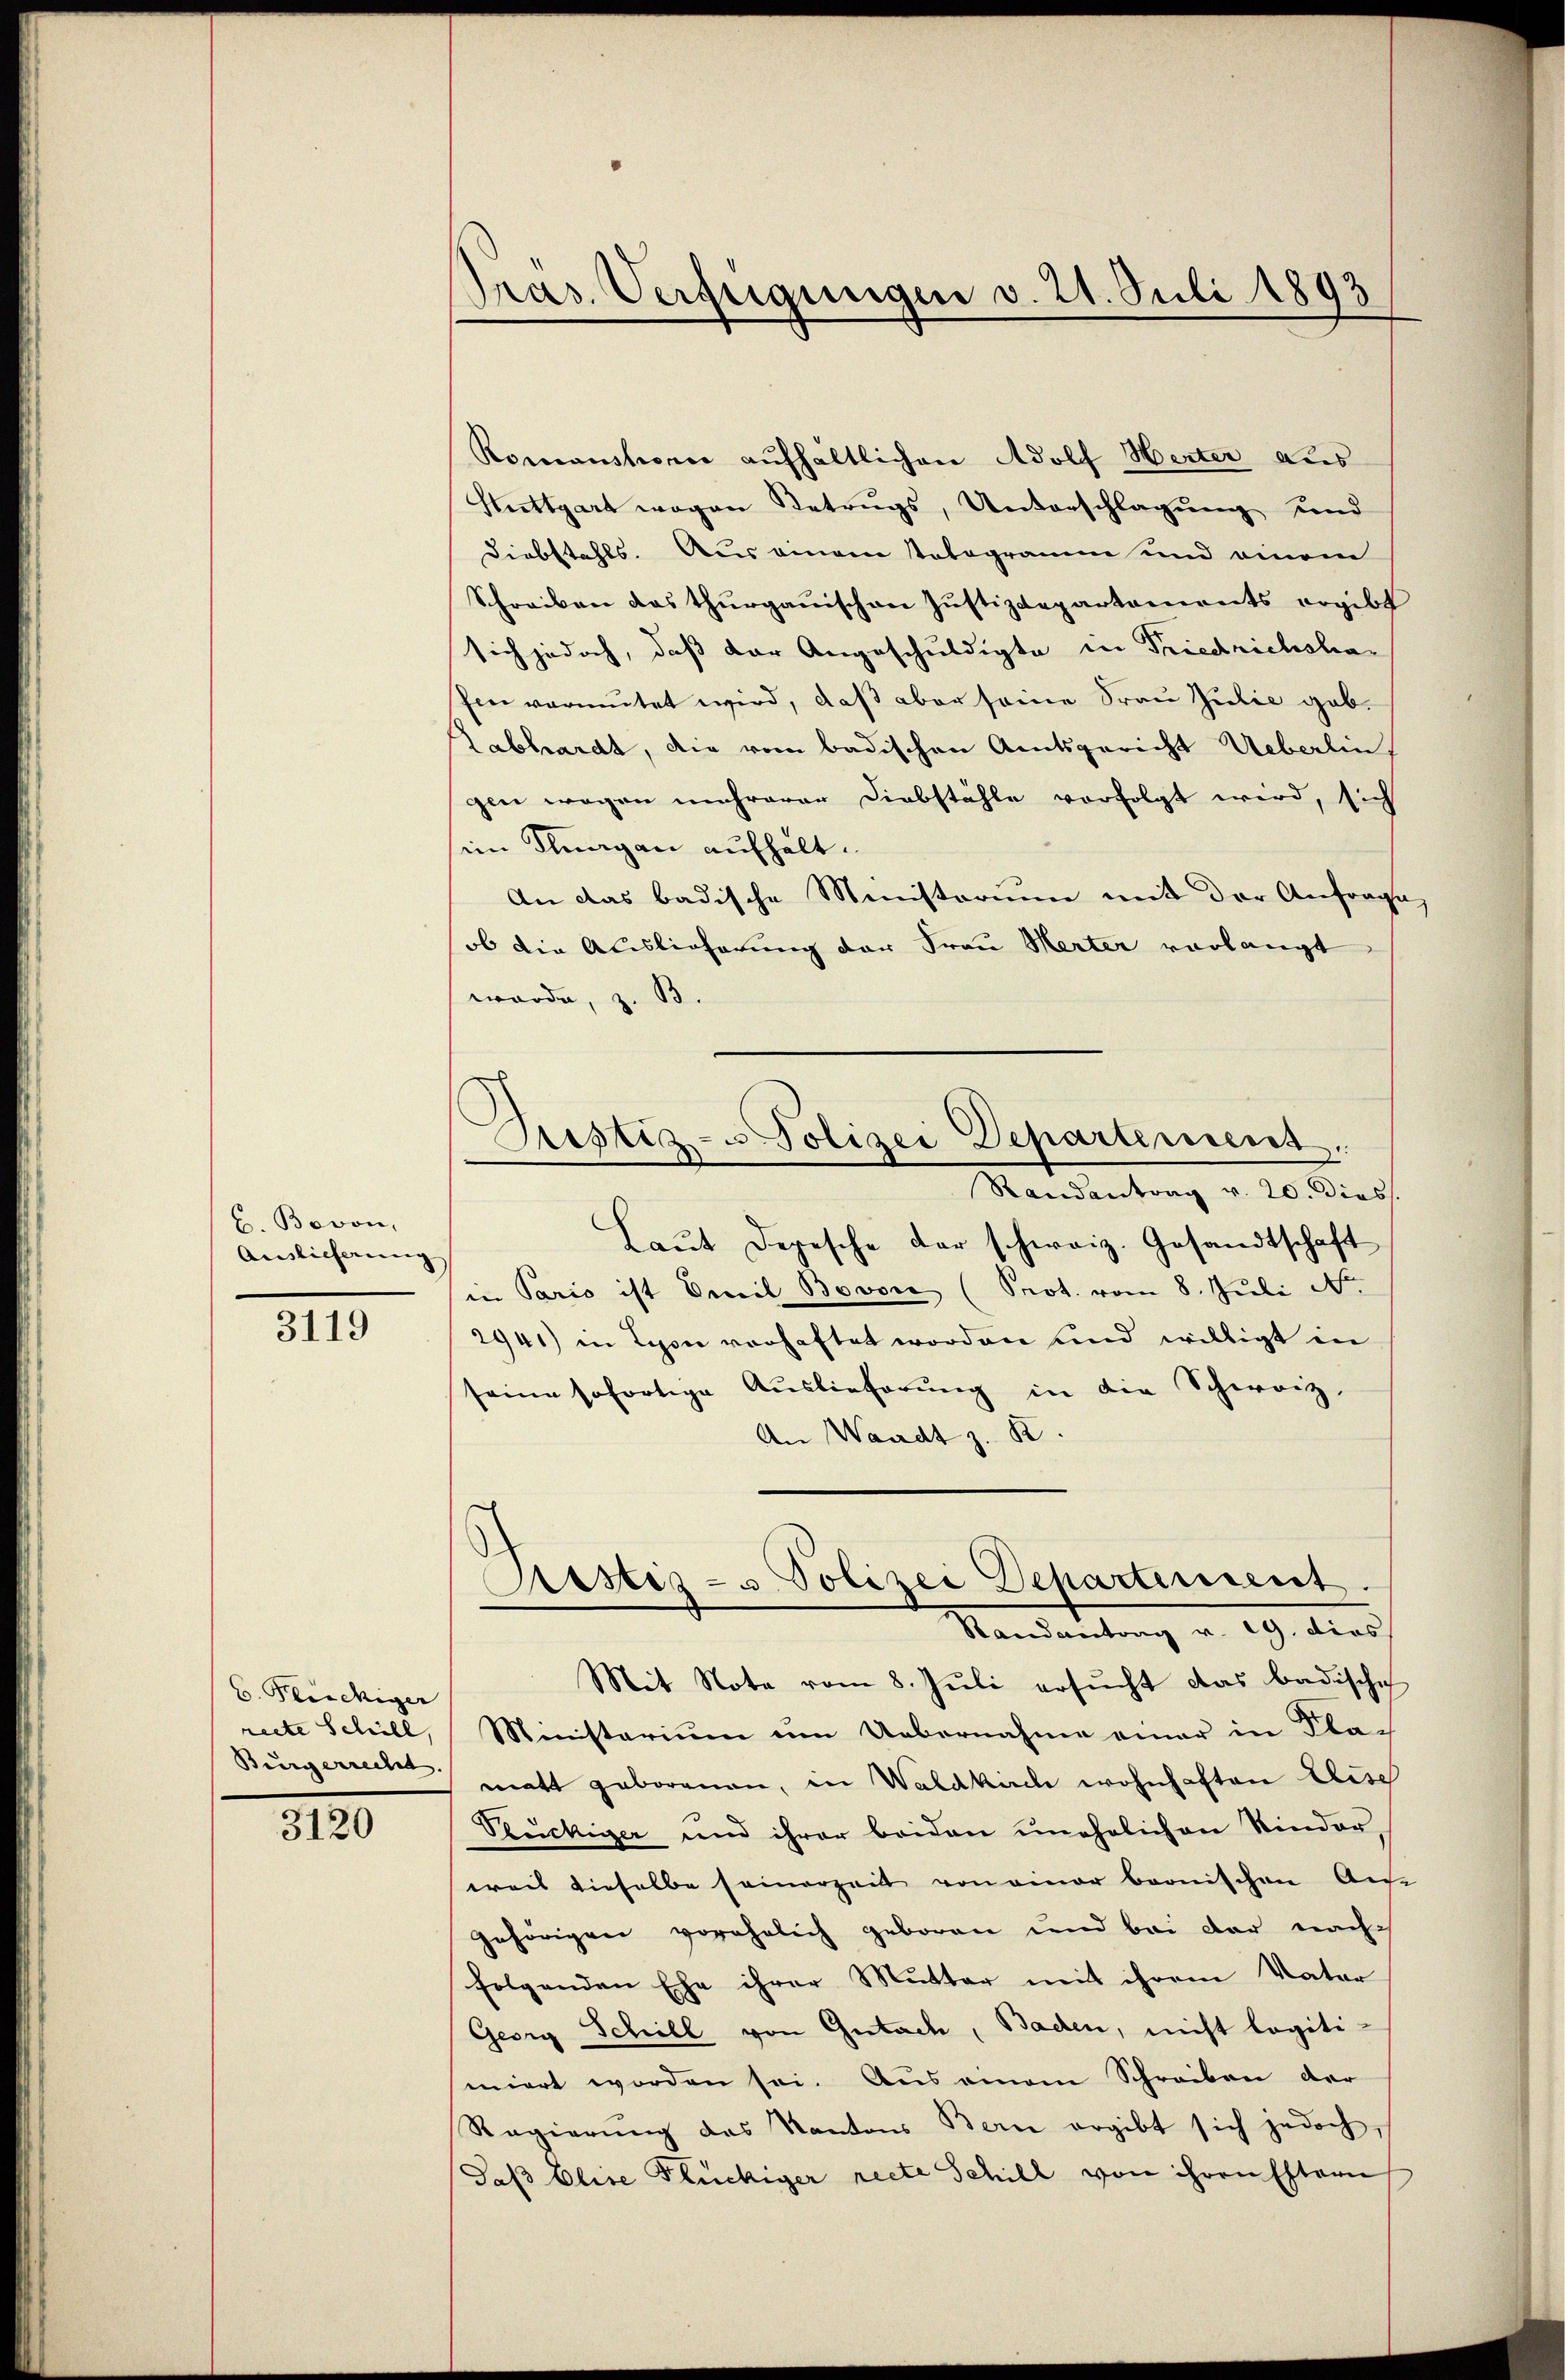
b. Bovon,
Auslieferung

3119

6. Fleichiger
recte Schell,
Burgerrecht

3120

Pras. Verfügungen v. 21. Juli 1893

Romanstrone aufhältlichen Adolf Herter aus
Stuttgart wegen Betrugs, Unterschlagung und
Diebstahls. Aus einem statogramm und einem
Schreiben das thurgauischen Justizdepartaments ergibt
sich jedoch, daß der Angeschuldigte in Friedrichsha-
Pen vermutet wird, daß aber seine Frau Julie gab¬
Labhardt, die vom badischen Amtsgericht Ueberlin
gen wegen mehrerer Diebstähle vorfolgt wird, sich
im Klagen aufhalt.
An das badische Ministerium mit der Anfrage
ob die Auslieferung der Frau Herter vorlangt
wurde, z. B.
Laut Depesche der schweiz. Gesandtschaft
in Paris ist Emil Bevor (Prot. vom 8. Juli de
2941) in Lyon vorhaftet worden und willigt in
seine sofortige Aŭslieferŭng in die Schwarz-
An Waadt z. B.
Oestes- u. Polizei Departement.
Randantrag v. 19. dies
Mit Note vom 8. Juli ersŭcht das badische
Ministerium um Uebernahme einer in Klag
matt geborenen, in Waldkirch wohnhaften Eise
Veuchiger und ihrer beiden unehelichen Kinder,
weis dieselbe seinerzeit von einer beonischen Aus-
gehörigen vorehelich geboren und bei der nach-
folgenden Ehe ihrer Mutter mit ihrem Vater
Georg Schill von Gutach, Baden, nicht logiti-
miert worden sei. Aus einem Schreiben der
Regierŭng das Kantons Bern ergibt sich jedoch,
(daß Elise Flückiger recte Schill von ihren Estern

Justiz- u Polizei Departement,
Randantrag v. 20. dies